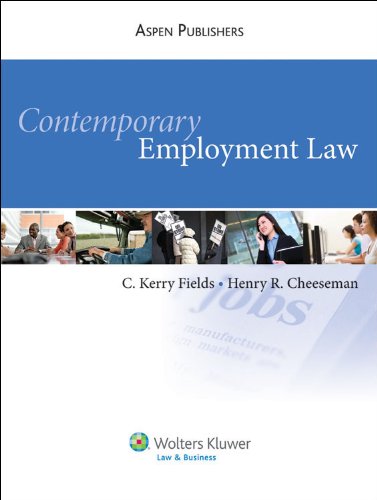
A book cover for Contemporary Employment Law; C. Kerry Fields; Law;